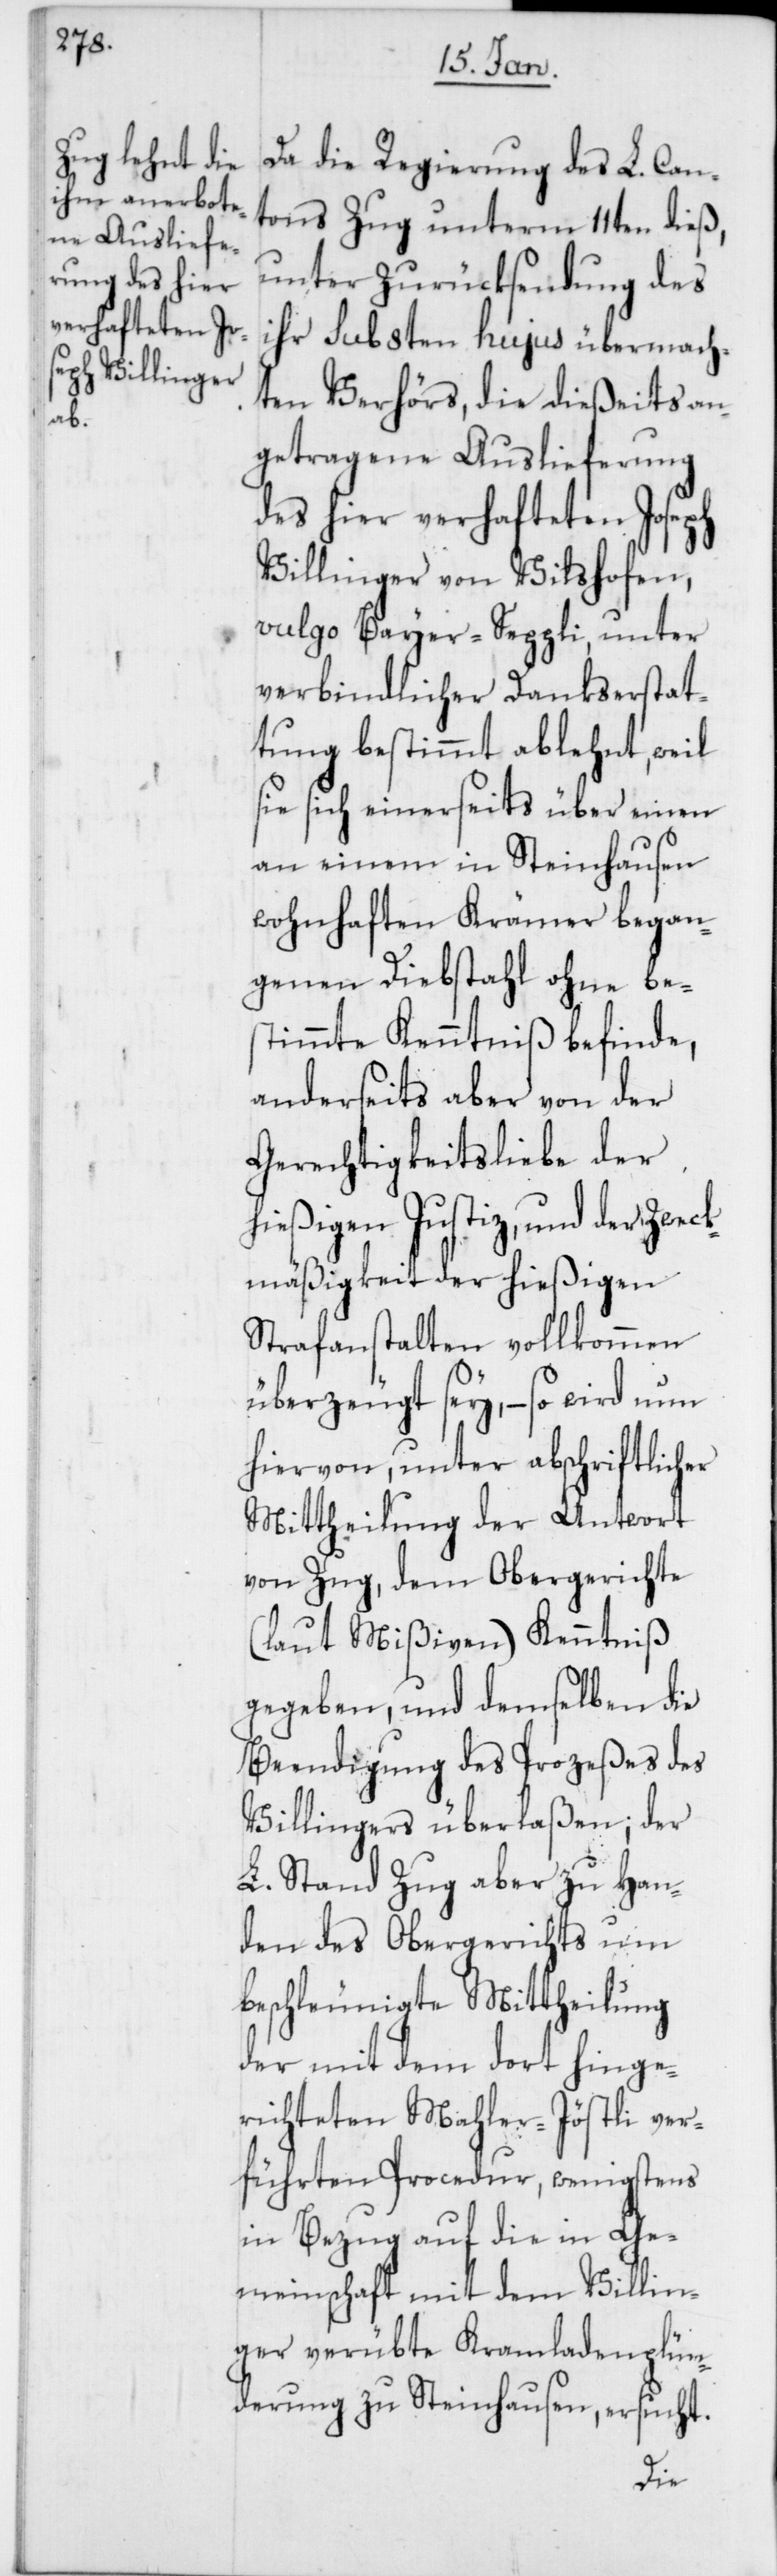
Da die Regierung des L. Can¬
tons Zug unterm 11ten dieß,
unter Zurücksendung des
ihr sub 8ten hujus übermach¬
ten Verhörs, die dießeits an¬
getragene Auslieferung
des hier verhafteten Joseph
Villinger von Vilshofen,
vulgo Bayer-Seppli, unter
verbindlicher Dankserstat¬
tung bestimmt ablehnt, weil
sie sich einerseits über einen
an einem in Steinhausen
wohnhaften Krämer began¬
genen Diebstahl ohne be¬
stimmte Kenntniß befinde,
anderseits aber von der
Gerechtigkeitsliebe der
hießigen Justiz, und der Zweck¬
mäßigkeit der hießigen
Strafanstalten vollkommen
überzeugt sey, – so wird nun
hiervon, unter abschriftlicher
Mittheilung der Antwort
von Zug, dem Obergerichte
(laut Mißiven) Kenntniß
gegeben, und demselben die
Beendigung des Prozeßes des
Villingers überlaßen; der
L. Stand Zug aber zu Han¬
den des Obergerichts um
beschleunigte Mittheilung
der mit dem dort hinge¬
richteten Mahler-Jöstli ver¬
führten Procedur, wenigstens
in Bezug auf die in Ge¬
meinschaft mit dem Villin¬
ger verübte Kramladenplün¬
derung zu Steinhausen, ersucht.